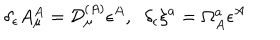
LaTeX: \delta _ { \epsilon } A _ { \mu } ^ { A } = { \cal D } _ { \mu } ^ { ( A ) } \epsilon ^ { A } , \; \; \delta _ { \epsilon } \xi ^ { a } = \Omega _ { A } ^ { a } \epsilon ^ { A }